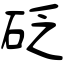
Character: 砭